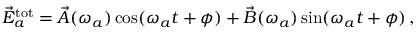
\begin{array} { r } { \vec { E } _ { a } ^ { \mathrm { t o t } } = \vec { A } ( \omega _ { a } ) \cos ( \omega _ { a } t + \phi ) + \vec { B } ( \omega _ { a } ) \sin ( \omega _ { a } t + \phi ) \, , } \end{array}